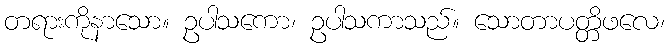
တရားကိုနာသော။ ဥပါသကော၊ ဥပါသကာသည်။ သောတာပတ္တိဖလေ၊